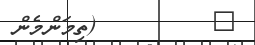
٣         (ތިމަންމެން